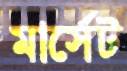
মার্সেট